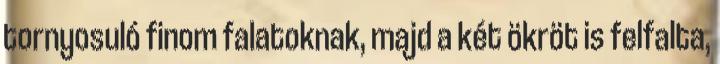
tornyosuló finom falatoknak, majd a két ökröt is felfalta,